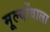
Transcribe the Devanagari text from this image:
मूल्योंवाला